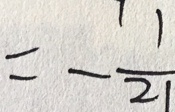
= - \frac { 1 } { 2 1 }